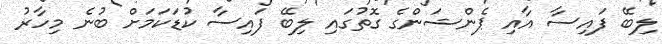
ލިބޭ ފައިސާ އާއި ޕެންޝަންގެ ގޮތުގައި ލިބޭ ފައިސާ ކުޑަކަމަށް ބުނެ މިހާރު